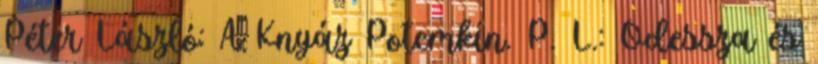
Péter László: A Knyáz Potemkin. P. L.: Odessza és